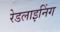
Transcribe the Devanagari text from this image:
रेडलाइनिंग